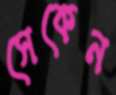
সেকেন